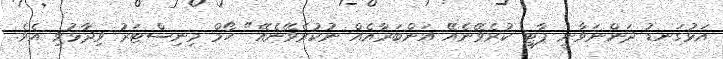
އަޅުގަނޑު ދަންނަވާނީ ޕާޓީ ކުރެވޭނެއޭ އަންބަރާއެއް ނުކުރެވޭނެއޭ" ހޯމް މިނިސްޓަރު ވިދާޅުވި އެވެ.